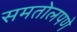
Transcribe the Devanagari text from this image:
समतोलपणे